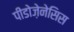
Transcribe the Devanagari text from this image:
पीडोज़ेनेसिस